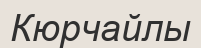
Кюрчайлы